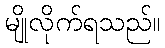
မျိုလိုက်ရသည်။